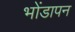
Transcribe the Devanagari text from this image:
भोंडापन